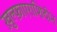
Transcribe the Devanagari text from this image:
ख़ुल्फ़ाएराशिदीन